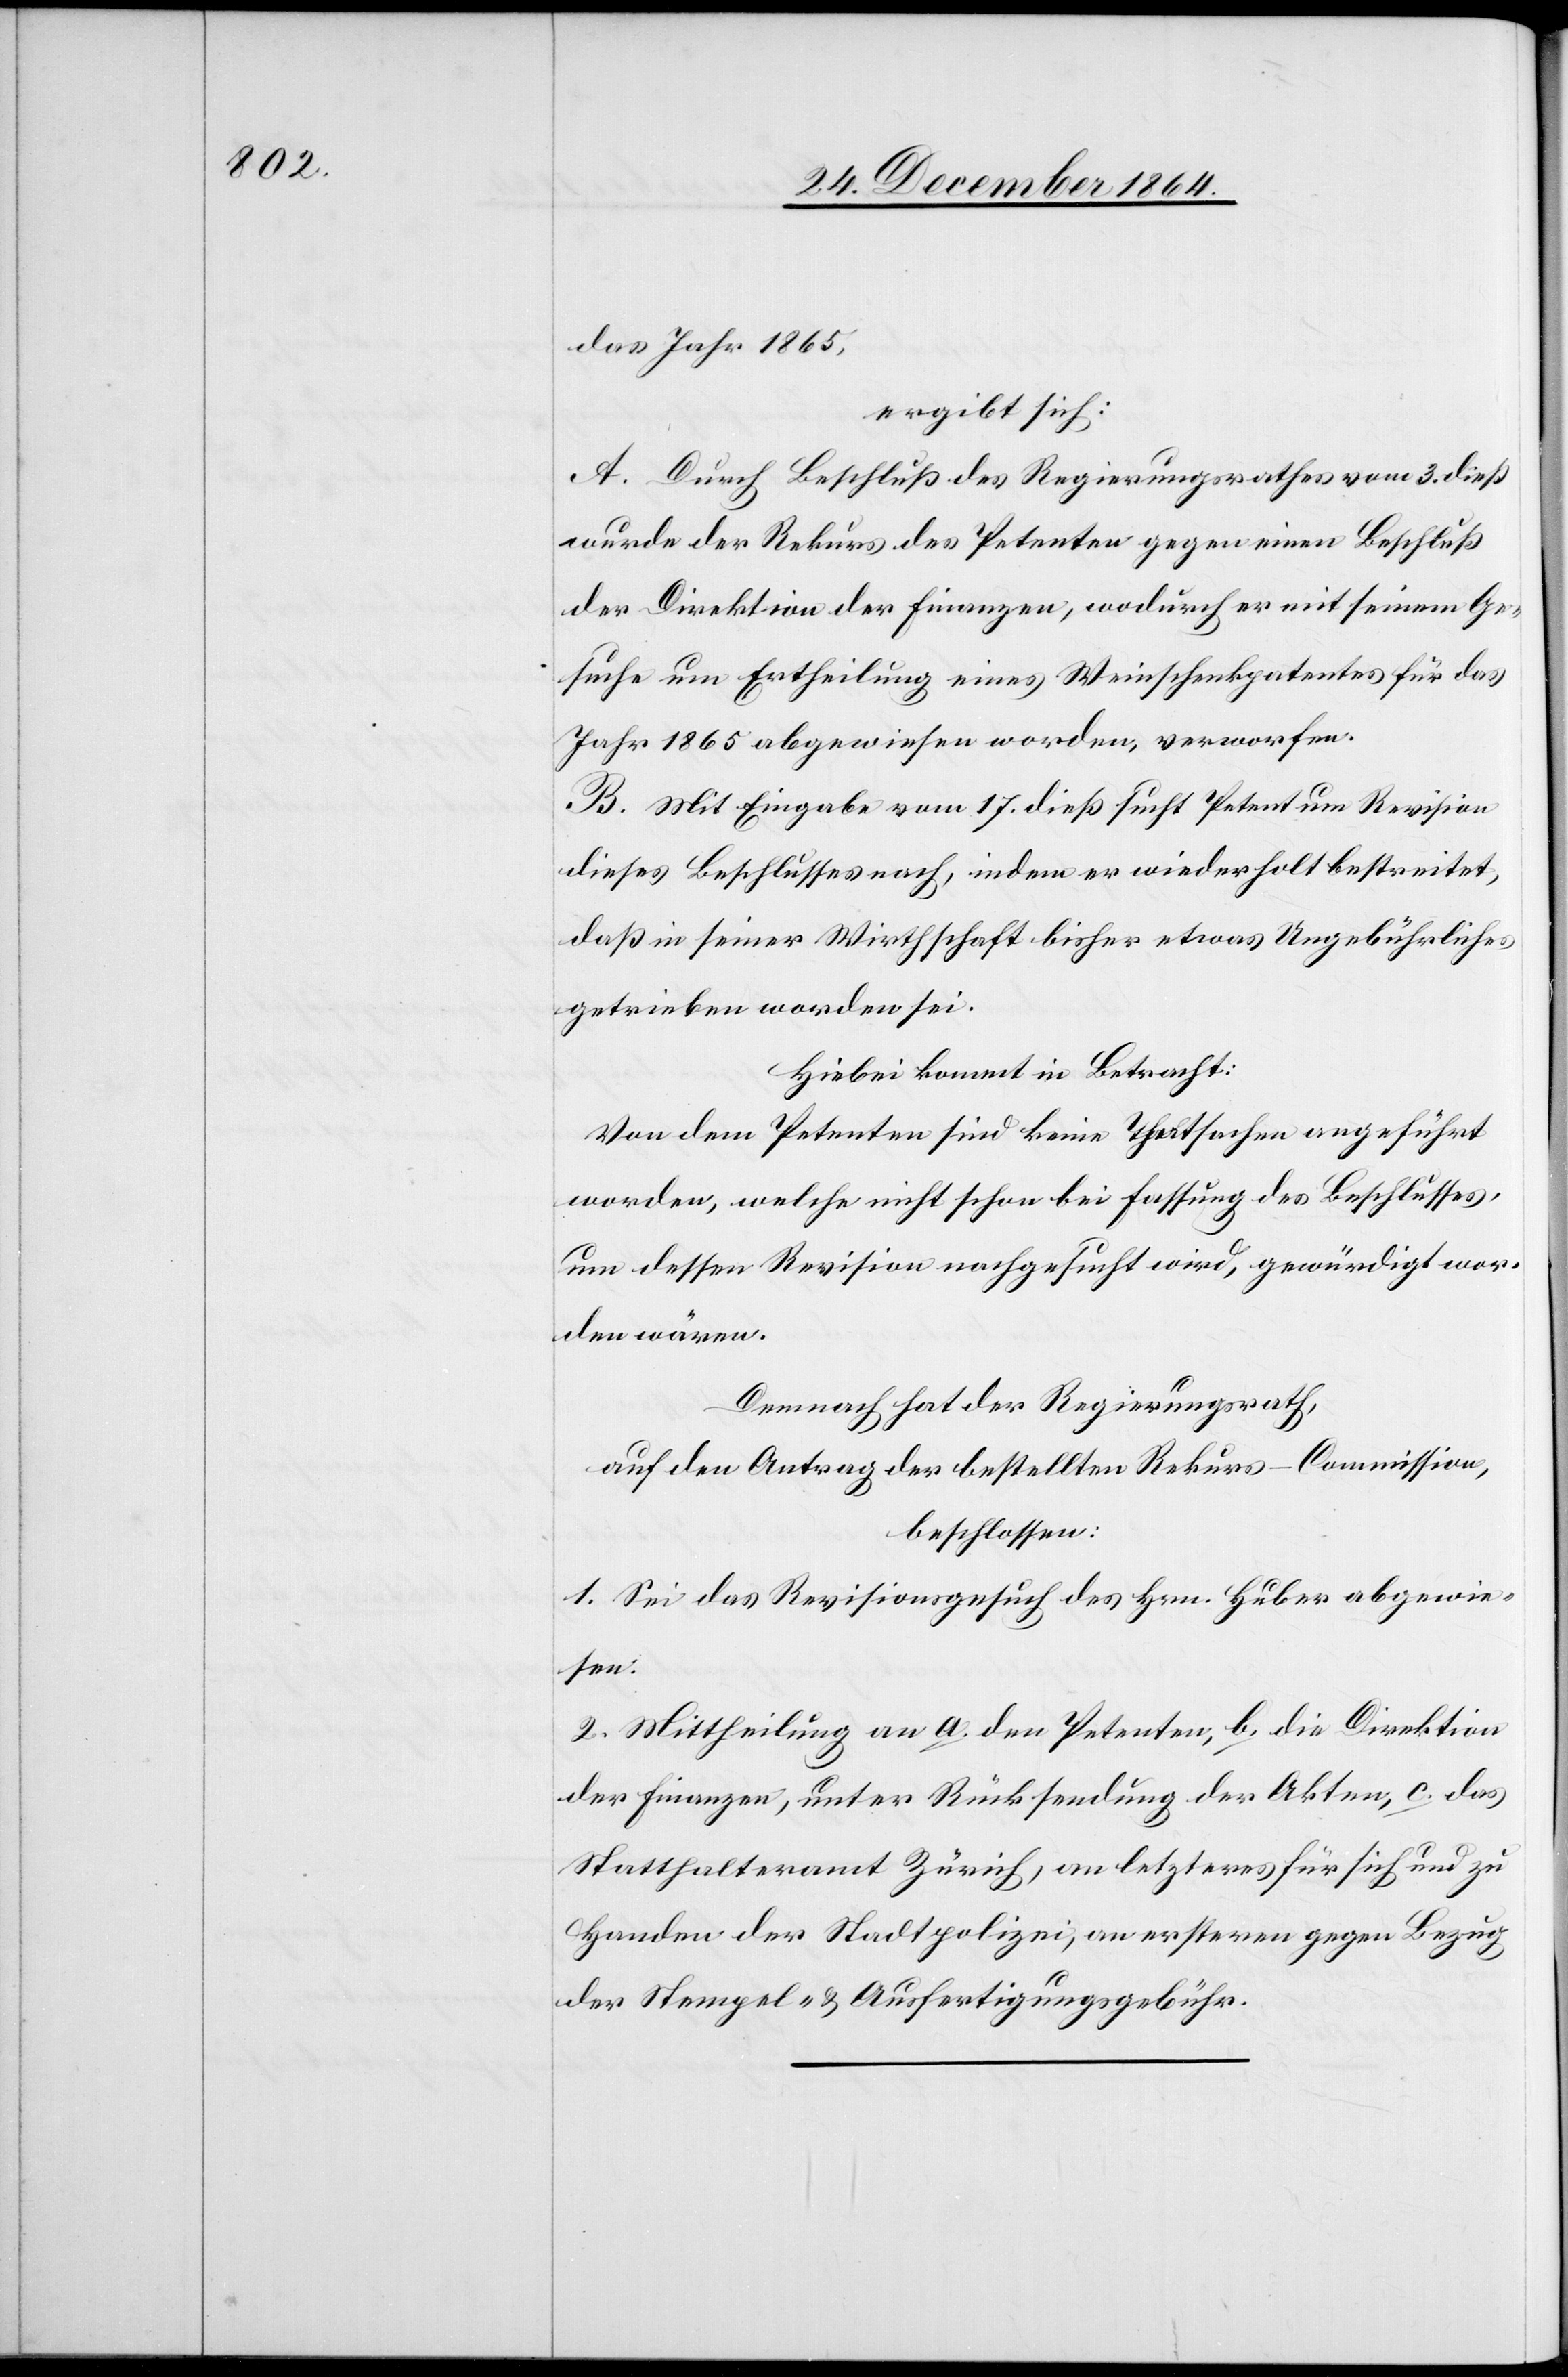
das Jahr 1865,
ergibt sich:
A. Durch Beschluß des Regierungsrathes vom 3. dieß
wurde der Rekurs des Petenten gegen einen Beschluß
der Direktion der Finanzen, wodurch er mit seinem Ge¬
suche um Ertheilung eines Weinschenkpatentes für das
Jahr 1865 abgewiesen worden, verworfen.
B. Mit Eingabe vom 17. dieß sucht Petent um Revision
dieses Beschlusses nach, indem er wiederholt bestreitet,
daß in seiner Wirthschaft bisher etwas Ungebührliches
getrieben worden sei.
Hiebei kommt in Betracht:
Von dem Petenten sind keine Thatsachen angeführt
worden, welche nicht schon bei Fassung des Beschlusses,
um dessen Revision nachgesucht wird, gewürdigt wor¬
den wären.
Demnach hat der Regierungsrath,
auf den Antrag der bestellten Rekurs-Commission,
beschlossen:
1. Sei das Revisionsgesuch des Hrn. Huber abgewie¬
sen.
2. Mittheilung an a. den Petenten, b. die Direktion
der Finanzen, unter Rücksendung der Akten, c. das
Statthalteramt Zürich, an letzteres für sich und zu
Handen der Stadtpolizei, an erstere gegen Bezug
der Stempel- & Ausfertigungsgebühr.